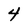
Character: 4